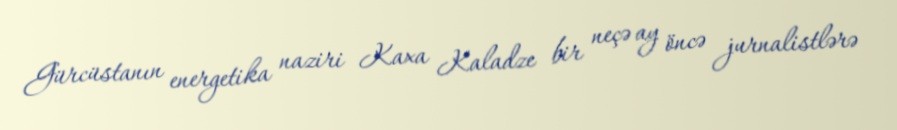
Gürcüstanın energetika naziri Kaxa Kaladze bir neçə ay öncə jurnalistlərə